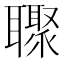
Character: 𮋼